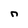
Character: n